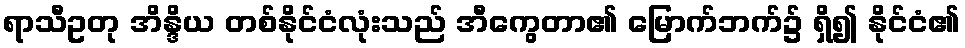
ရာသီဥတု အိန္ဒိယ တစ်နိုင်ငံလုံးသည် အီကွေတာ၏ မြောက်ဘက်၌ ရှိ၍ နိုင်ငံ၏